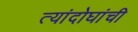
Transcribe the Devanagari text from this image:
त्यांदोघांची